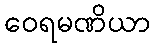
ဝေရမဏိယာ